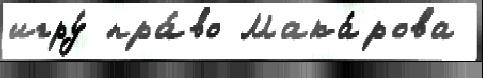
игру́ пра́во Мака́рова